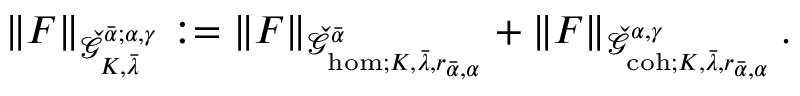
\| F \| _ { \check { \mathcal { G } } _ { K , \bar { \lambda } } ^ { \bar { \alpha } ; \alpha , \gamma } } : = \| F \| _ { \check { \mathcal { G } } _ { \mathrm { h o m } ; K , \bar { \lambda } , r _ { \bar { \alpha } , \alpha } } ^ { \bar { \alpha } } } + \| F \| _ { \check { \mathcal { G } } _ { \mathrm { c o h } ; K , \bar { \lambda } , r _ { \bar { \alpha } , \alpha } } ^ { \alpha , \gamma } } \, .